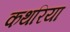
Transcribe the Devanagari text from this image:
कथरिया